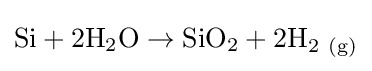
{\rm {Si+2H_{2}O\rightarrow SiO_{2}+2H_{2\ (g)}}}